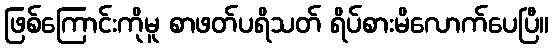
ဖြစ်ကြောင်းကိုမူ စာဖတ်ပရိသတ် ရိပ်စားမိလောက်ပေပြီ။